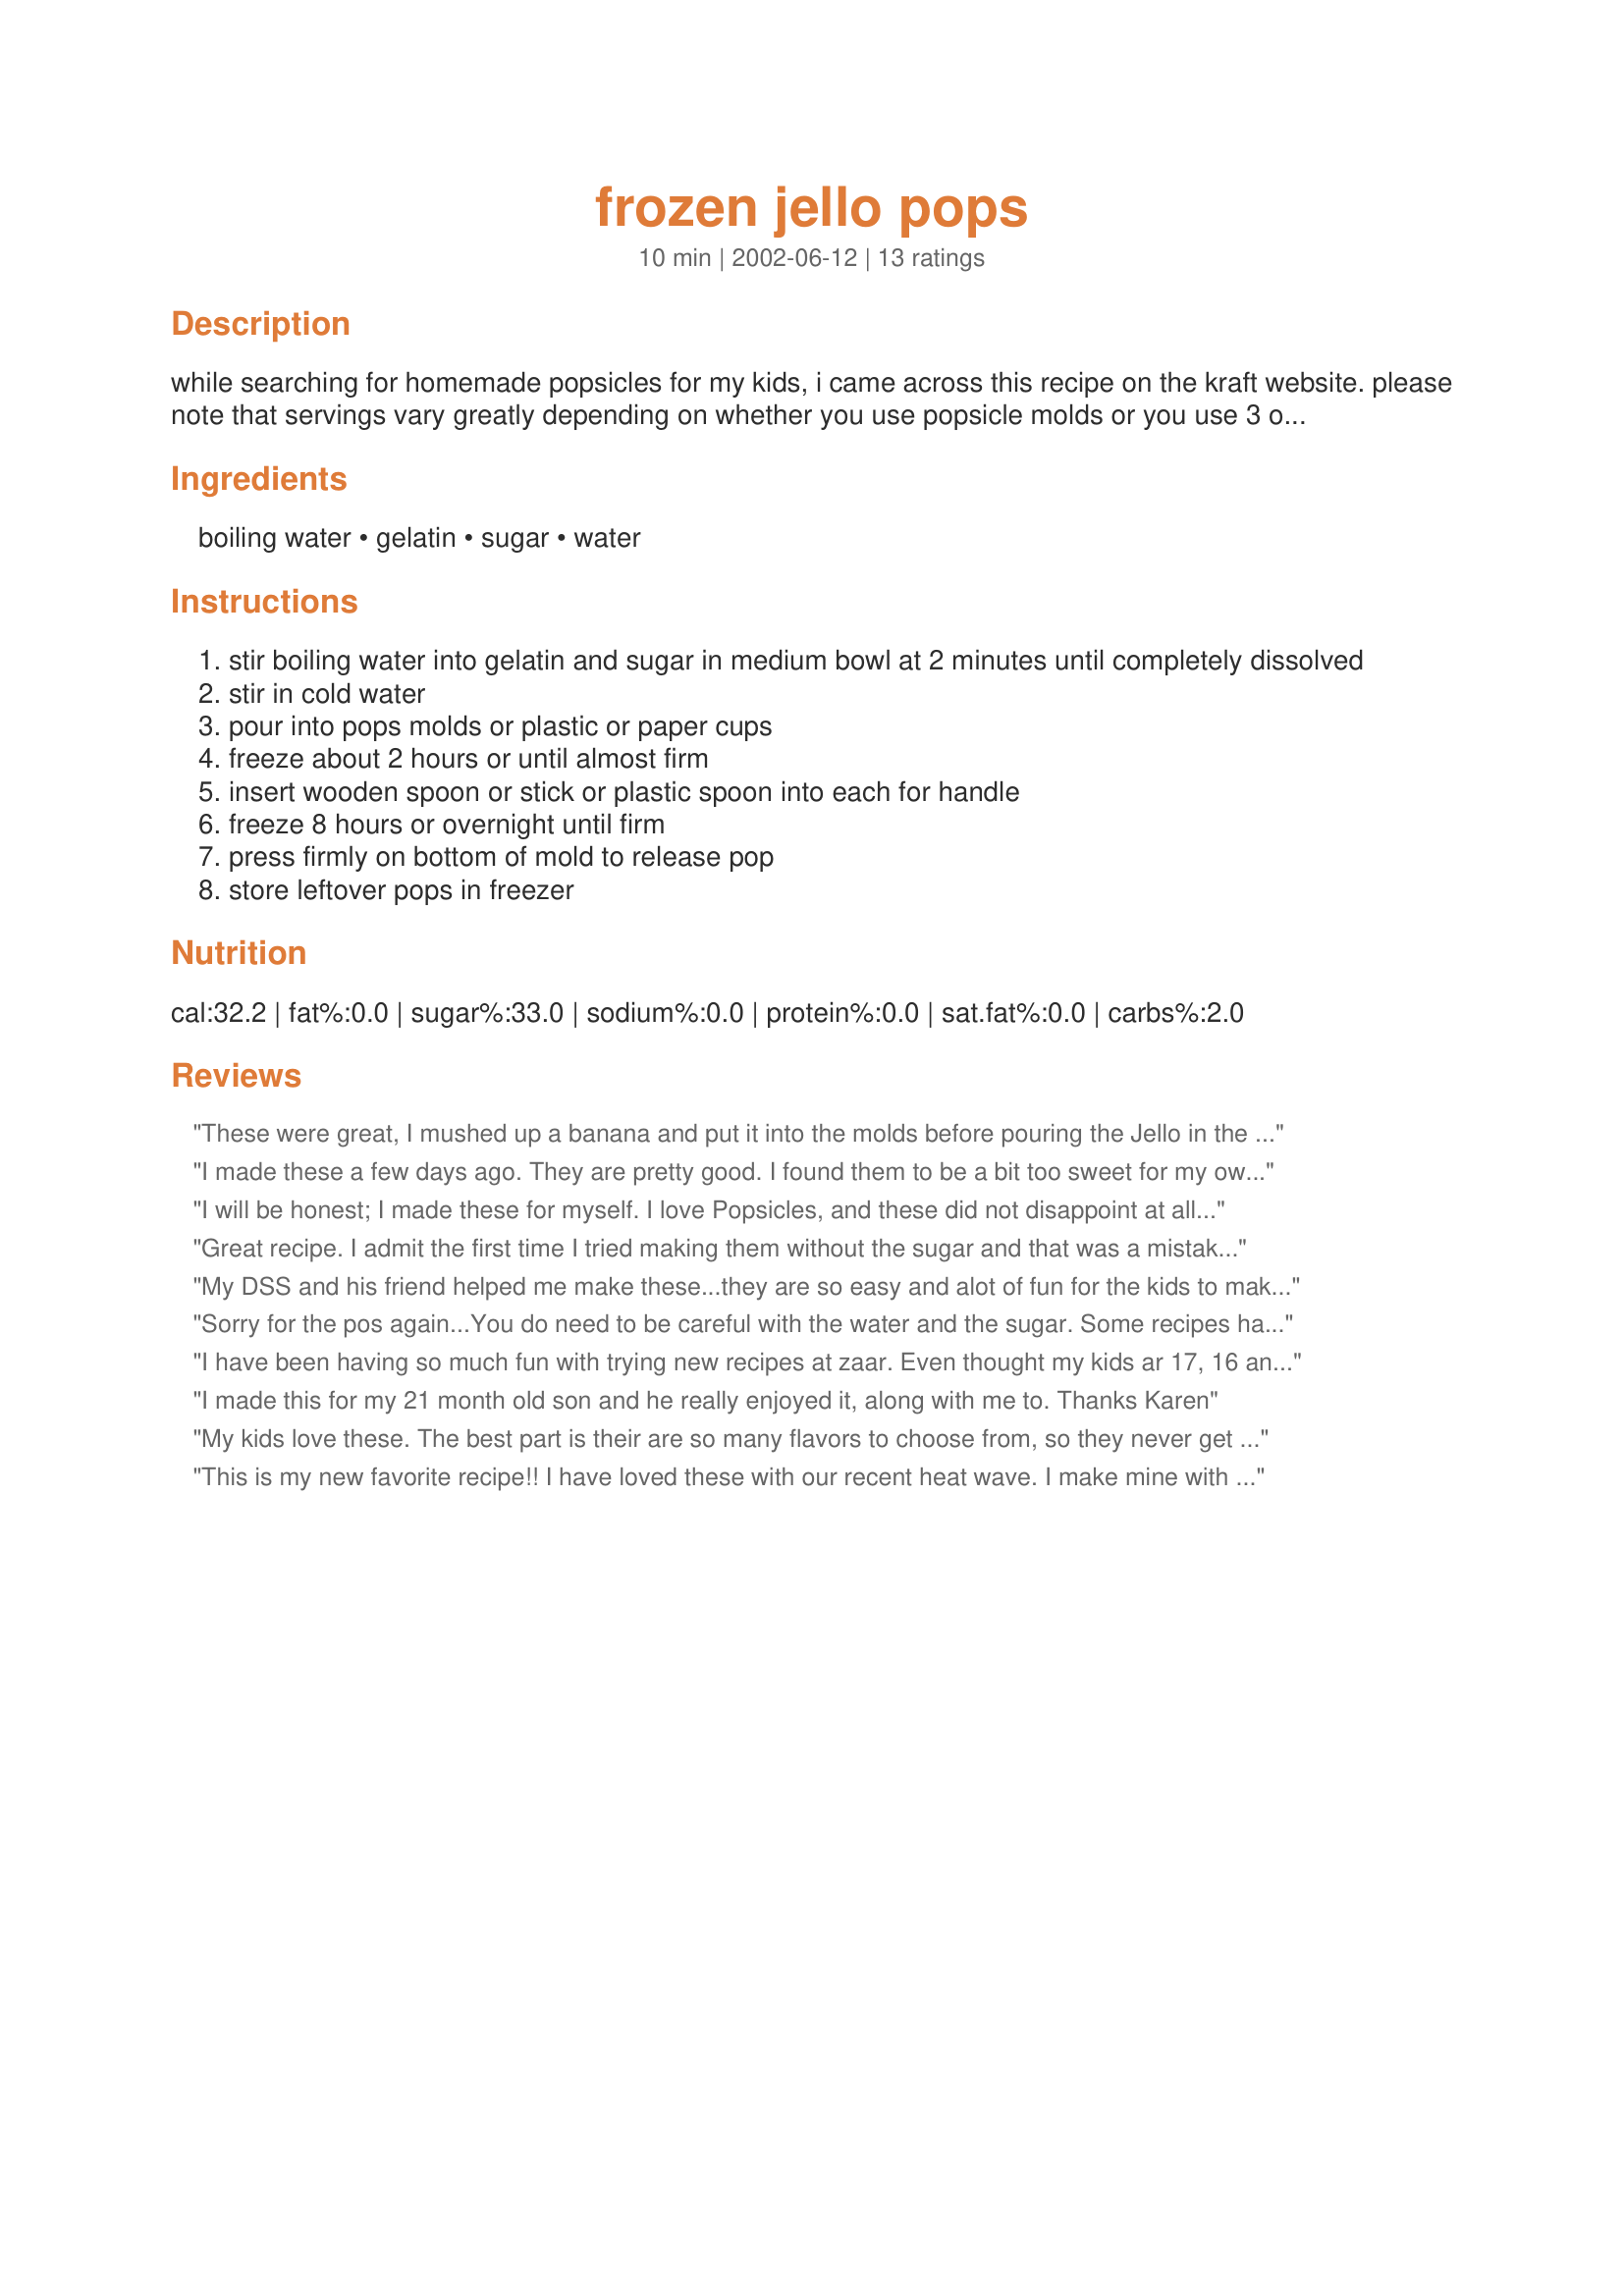
frozen jello pops
Preparation time: 10 minutes

while searching for homemade popsicles for my kids, i came across this recipe on the kraft website. please note that servings vary greatly depending on whether you use popsicle molds or you use 3 ounce paper cups. have fun!!

Ingredients:
boiling water, gelatin, sugar, water

Steps:
stir boiling water into gelatin and sugar in medium bowl at 2 minutes until completely dissolved
stir in cold water
pour into pops molds or plastic or paper cups
freeze about 2 hours or until almost firm
insert wooden spoon or stick or plastic spoon into each for handle
freeze 8 hours or overnight until firm
press firmly on bottom of mold to release pop
store leftover pops in freezer

Reviews:
These were great, I mushed up a banana and put it into the molds before pouring the Jello in the molds. Came out easily when ran under warm water. I used Sugarless Jello because thats what I had and it was very tasty. Going to try this with different fruit and flavours. Super easy tasty treat. I got 16 good sized popsicles with molds I bought at the Dollarstore.... cheap treat!
I made these a few days ago. They are pretty good. I found them to be a bit too sweet for my own personal taste but I bet children would really go fot them!
I will be honest; I made these for myself. I love Popsicles, and these did not disappoint at all. I used a cheap store brand of Jello (raspberry flavor) and the results were wonderful. This is so easy and so much cheaper than buying Popsicles. Thanks, Karen.
Great recipe. I admit the first time I tried making them without the sugar and that was a mistake!! These definately need the extra sugar. Will be making these a lot, my son and I loved them!!
My DSS and his friend helped me make these...they are so easy and alot of fun for the kids to make! Plus, they taste great!!!! I have to make another batch tonight as we've eaten all the others! Thanks for posting such an inexpensive, easy, yummy recipe!!
Sorry for the pos again...You do need to be careful with the water and the sugar. Some recipes have you using the small pkgs of Jello with 1 cup of sugar and 1 cup water, hot and cold. Others have you using 1/2 cup sugar and 2 cups hot and 2 cups cold water. So you really need to find a happy medium that you like. To keep the sugar content down I have used sugar free Jello and kool-aid. They taste good but no where near as good as with real sugar. But if you use sugar free kool-aid and a 1/3 or 1/4 cup of sugar and follow the directions you get a pretty darn good pop. Again you just need to taste and test to you buds of tasting.
I have been having so much fun with trying new recipes at zaar. Even thought my kids ar 17, 16 and 15, they still loved these. LOL Didn't have time to do this when they were younger so I thought I would make up for lost time. LOL I have made pudding pops also listed here at zaar. One of my summer projects was to go to yard sales for extra tupperware popsicle trays. LOL
I made this for my 21 month old son and he really enjoyed it, along with me to. Thanks Karen
My kids love these. The best part is their are so many flavors to choose from, so they never get bored. Thanks.
This is my new favorite recipe!! I have loved these with our recent heat wave. I make mine with black cherry jello, and also added a packet of black cherry kool-aid. Thanks so much for sharing.
These were wonderful. I used orange flavored gelatin. The girls want to try strawberry next. I like using the small paper cups because you can just tear away the cup instead of fighting to unmold it! Thanks!
Too watery!!!
My kids absolutely loved these! They are so easy to make. I must admit, I tried one, too. I will be keeping a constant supply in the freezer this summer!
